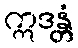
ဣဒန္တံ